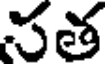
సత